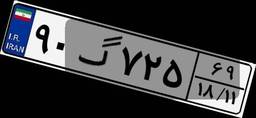
۹۰گ۷۲۵۶۹